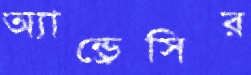
অ্যান্ড্রেসির